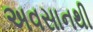
અવસાનથી